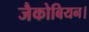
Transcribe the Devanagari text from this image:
जैकोबियन।